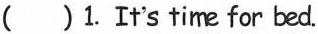
( ) 1. It's time for bed.